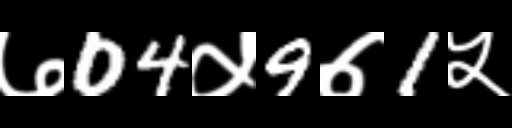
Text: ७04५9७1५